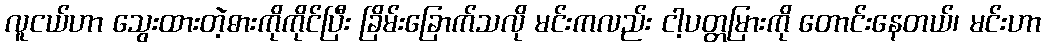
လူငယ်ဟာ သွေးထားတဲ့ဓားကိုကိုင်ပြီး ခြိမ်းခြောက်သလို မင်းကလည်း ငါ့ပတ္တမြားကို တောင်းနေတယ်၊ မင်းဟာ